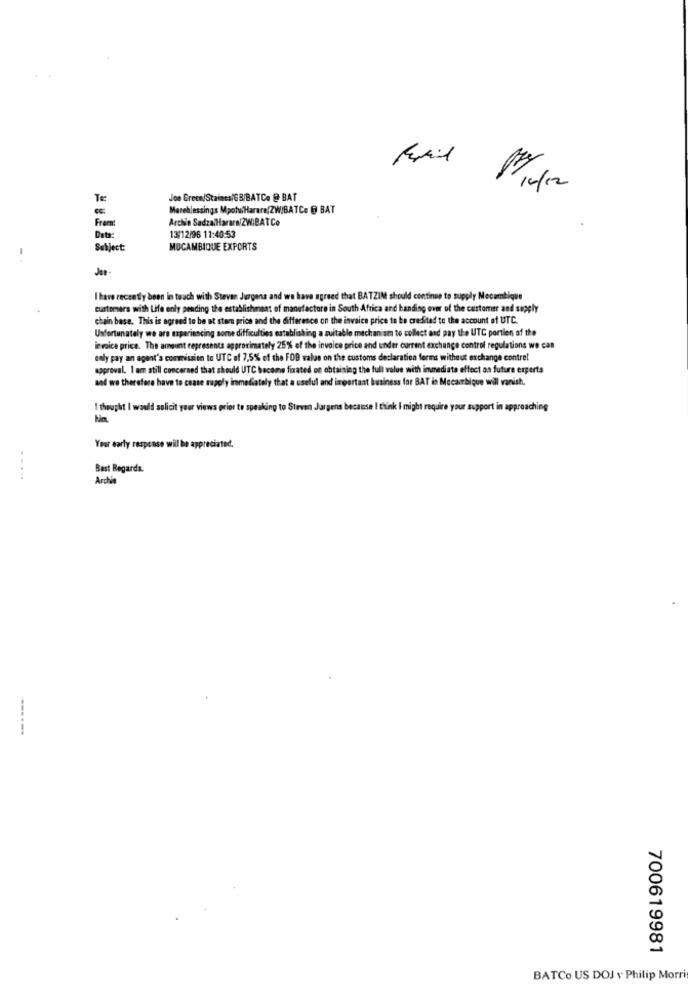
Te
Joe Green/Staines/GB/BATC. @ BAT
Mareblessings Mpotu/Harare(ZW/BATCe @ BAT
Archi'n SadzalHarare/ZWIBATCo
Data:
13/12/96 11:40:53
Subject:
MOCAMBIQUE EXPORTS
I have recently been in touch with Stevan Jurgens and we have agreed that BATZIM should continue to supply Mecambique
customers with Life enly pending the establishment of manufacture in South Africa and handing over of the customer and supply
chain base. This is agreed to be at stern price and the difference on the invoice price to be credited to the account of UTC.
Unfortunately we are experiencing some difficulties establishing a suitable mechanism to collect and pay the UTC portion of the
invoice price. The amount represents approximately 25% of the invoice price and under current exchange control regulations we can
caly pay an agent's commission to UTC of 7,5% of the FOB wales on the customs declaration ferms without exchange contret
approval. I am still concerned that should UTC become fixated on obtaining the full value with immediate effect on future experts
and we therefore have to cease supply immediately that a useful and important business for BAT is Mocambique will vanish.
I thought I would solicit your views prior to speaking to Steven Jargens because I think I might require your support in approaching
Your early response will be appreciated.
Best Regards.
Archi
---- ---
700619981
BATCo US DOJ v Philip Morris